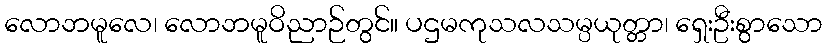
လောဘမူလေ၊ လောဘမူဝိညာဉ်တွင်။ ပဌမကုသလသမ္ပယုတ္တာ၊ ရှေးဦးစွာသော